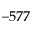
- 5 7 7